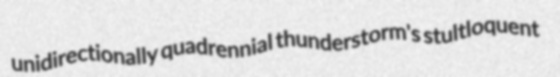
unidirectionally quadrennial thunderstorm's stultloquent